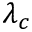
\lambda _ { c }